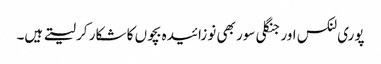
پوری لنکس اور جنگلی سور بھی نوزائیدہ بچوں کا شکار کر لیتے ہیں۔